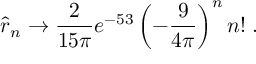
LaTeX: \hat { r } _ { n } \to { \frac { 2 } { 1 5 \pi } } e ^ { - 5 3 } \left( - { \frac { 9 } { 4 \pi } } \right) ^ { n } n ! \; .